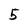
Character: 5